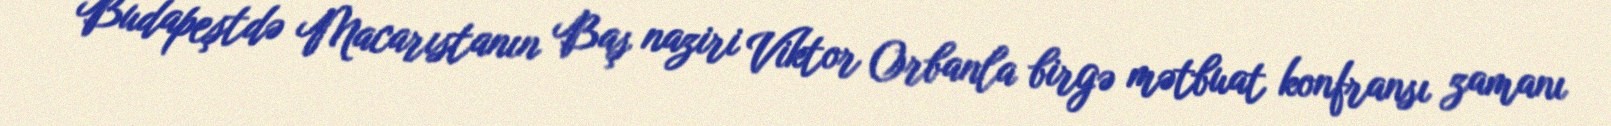
Budapeştdə Macarıstanın Baş naziri Viktor Orbanla birgə mətbuat konfransı zamanı